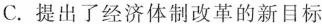
C.提出了经济体制改革的新目标